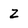
Character: Z